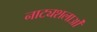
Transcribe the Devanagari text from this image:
नाट्यशलाओं